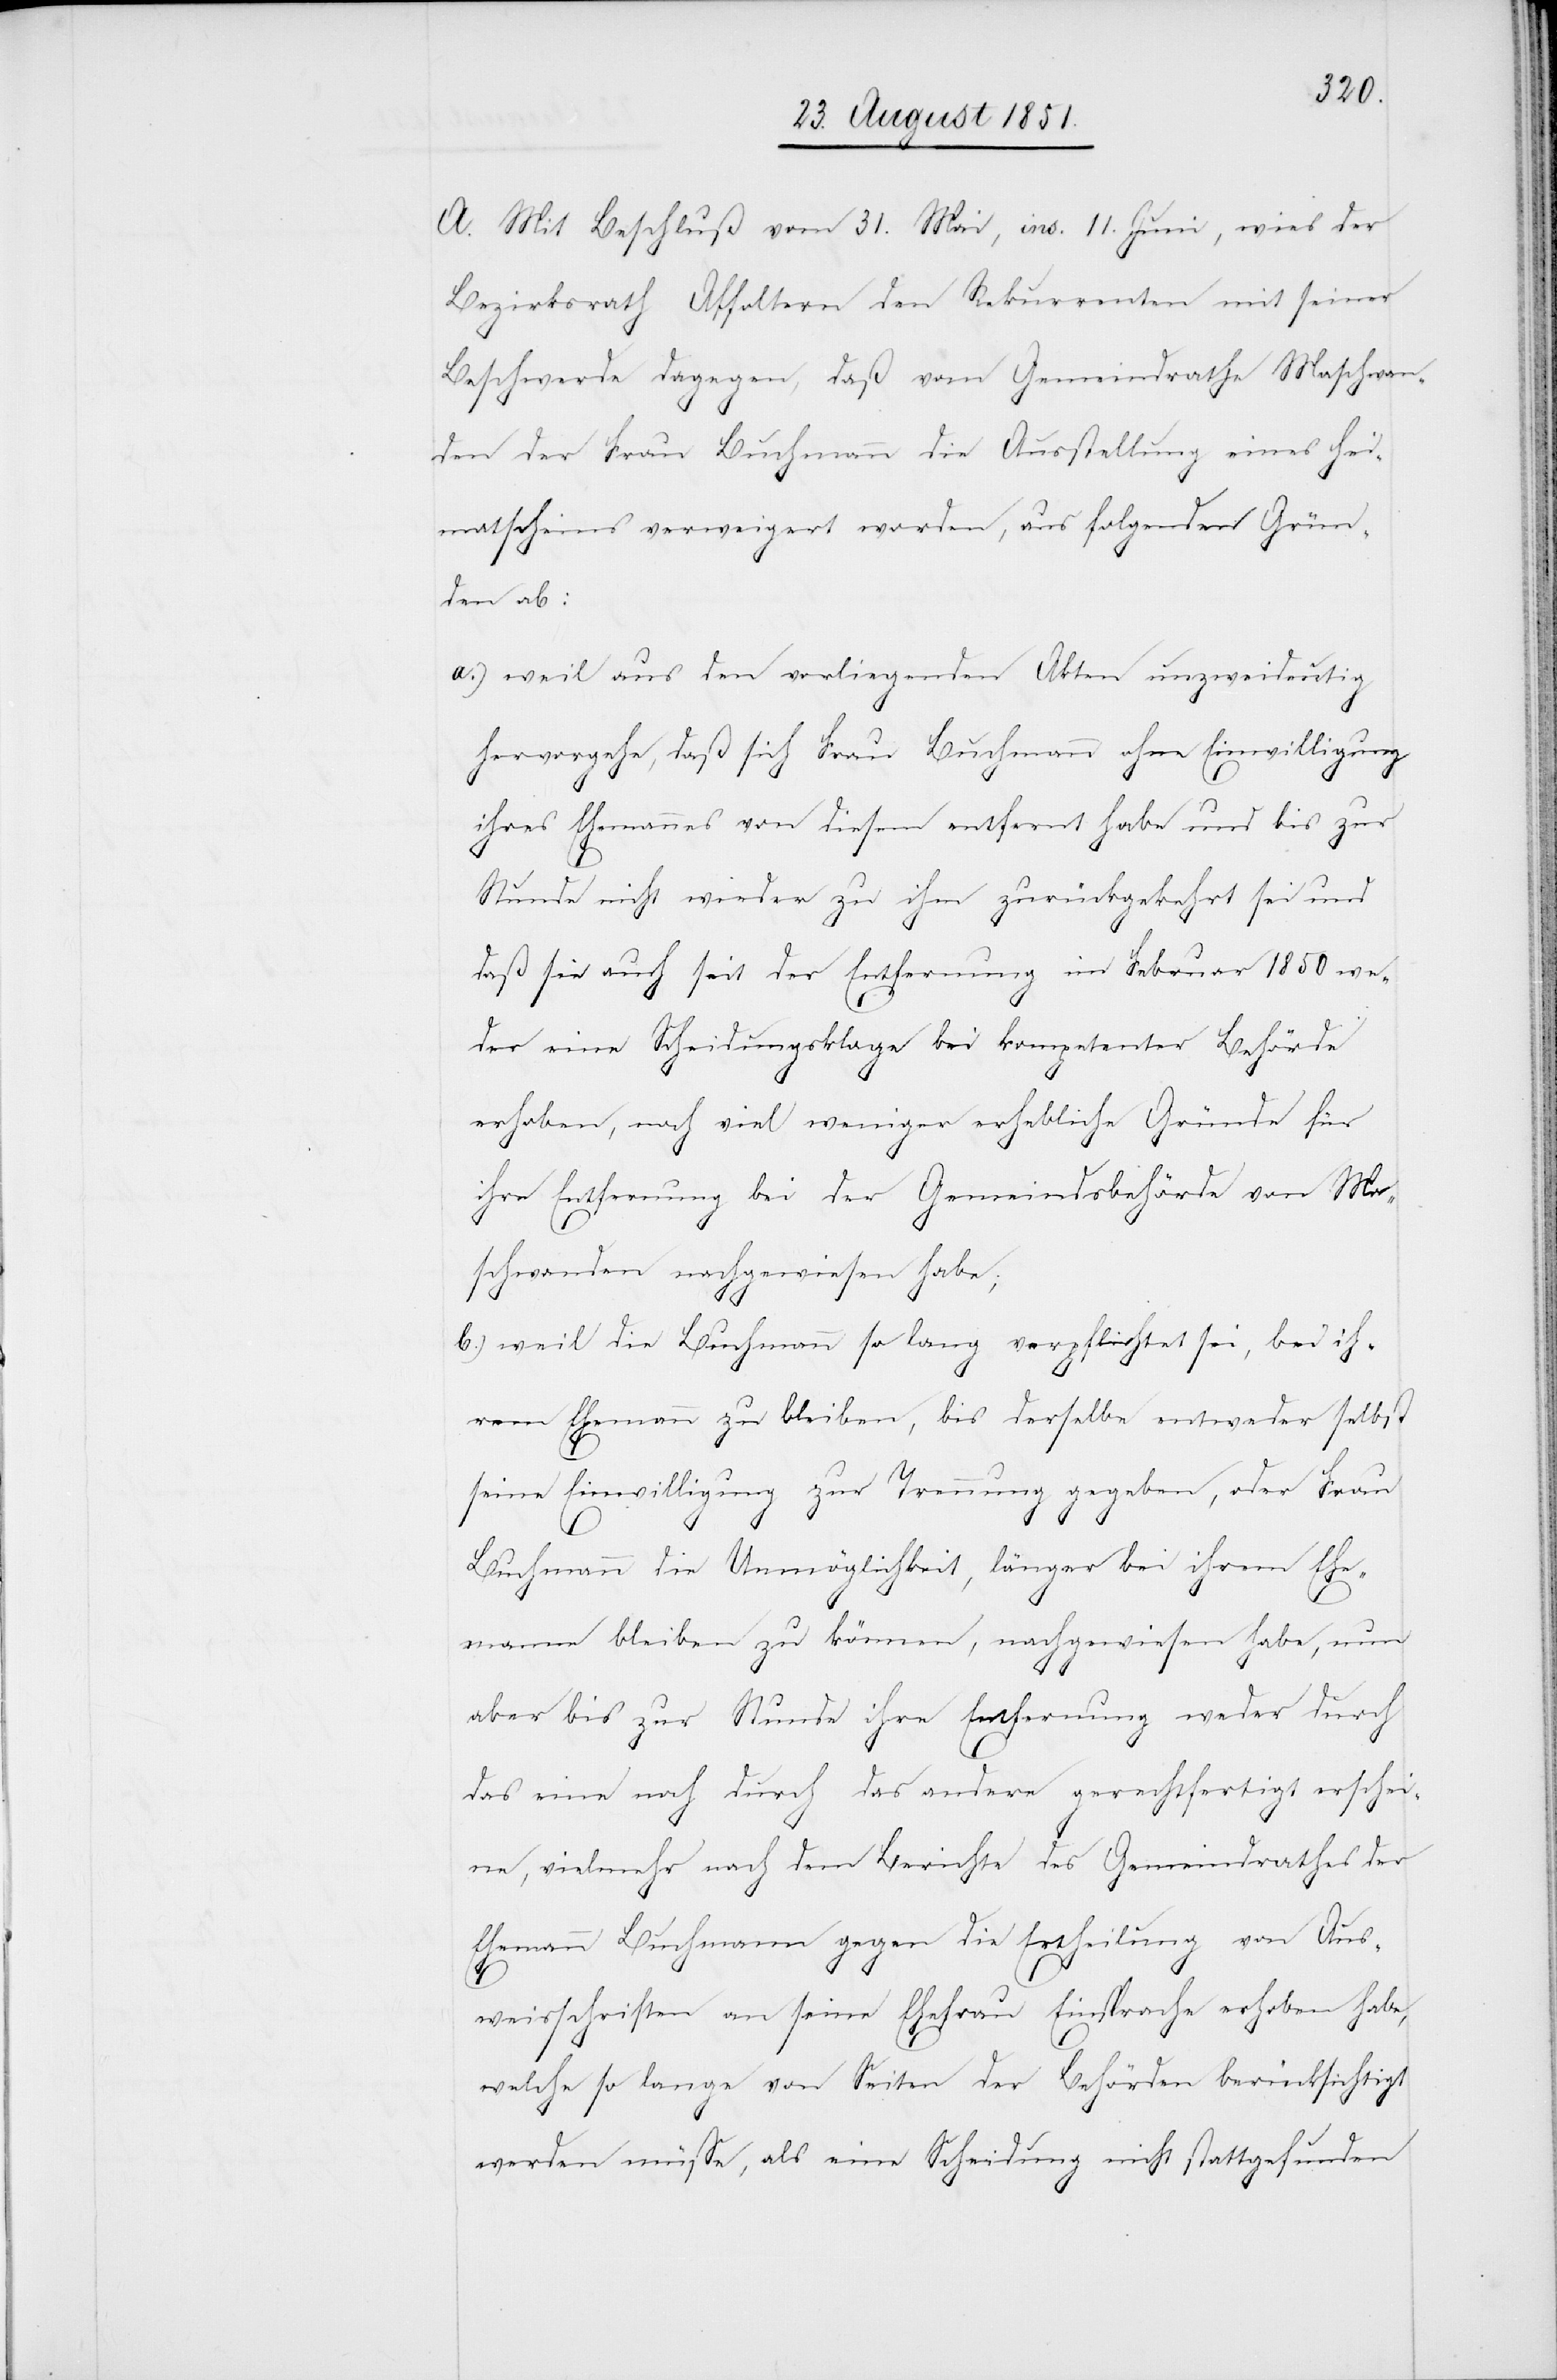
A. Mit Beschluß vom 31. Mai, ins. 11. Juni, wies der
Bezirksrath Affoltern den Rekurrenten mit seiner
Beschwerde dagegen, daß vom Gemeindrathe Maschwan¬
den der Frau Buchmann die Ausstellung eines Hei¬
matscheins verweigert worden, aus folgenden Grün¬
den ab:
weil aus den vorliegenden Akten unzweideutig
hervorgehe, daß sich Frau Buchmann ohne Einwilligung
ihres Ehemannes von diesem entfernt habe und bis zur
Stunde nicht wieder zu ihm zurückgekehrt sei und
daß sie auch seit der Entfernung im Februar 1850 we¬
der eine Scheidungsklage bei kompetenter Behörde
erhoben, noch viel weniger erhebliche Gründe für
ihre Entfernung bei der Gemeindsbehörde von Ma¬
schwanden nachgewiesen habe;
weil die Buchmann so lang verpflichtet sei, bei ih¬
rem Ehemann zu bleiben, bis derselbe entweder selbst
seine Einwilligung zur Trennung gegeben, oder Frau
Buchmann die Unmöglichkeit, länger bei ihrem Ehe¬
manne bleiben zu können, nachgewiesen habe, nun
aber bis zur Stunde ihre Entfernung weder durch
das eine noch durch das andere gerechtfertigt erschei¬
ne, vielmehr nach dem Berichte des Gemeindrathes der
Ehemann Buchmann gegen die Ertheilung von Aus¬
weisschriften an seine Ehefrau Einsprache erhoben habe,
welche so lange von Seiten der Behörden berücksichtigt
werden müsse, als eine Scheidung nicht stattgefunden